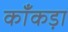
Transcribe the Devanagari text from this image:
काँकड़ा